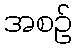
အစဉ်